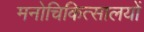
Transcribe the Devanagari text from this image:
मनोचिकित्सालयों